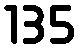
135